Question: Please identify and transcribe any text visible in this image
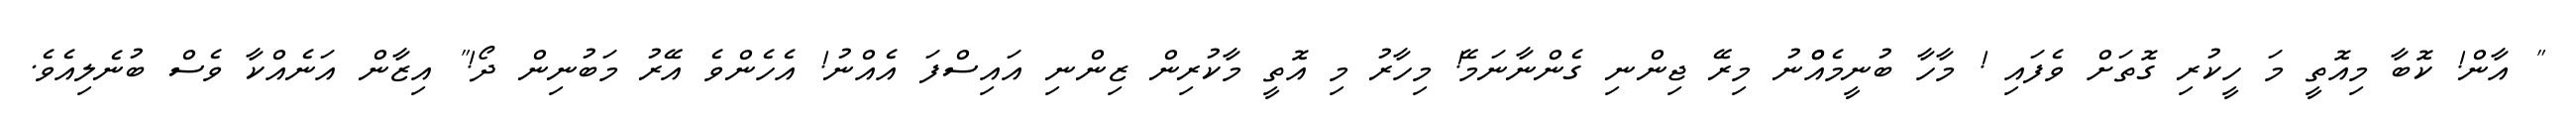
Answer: " އާން! ކޮބާ މިއޮތީ މަ ހީކުރި ގޮތަށް ވެފައި ! މާހާ ބުނީމެއްްނު މިރޭ ޖިންނި ގެންނާނަމޭ! މިހާރު މި އޮތީ މާކުރިން ޒިންނި އައިސްފަ އެއްނު! އެހެންވެ އޭރު މަބުނިން ދޯ!" އިޒާން އަނެއްކާ ވެސް ބުނެލިއެވެ.